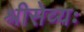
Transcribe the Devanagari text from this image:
श्रीसेव्यः